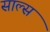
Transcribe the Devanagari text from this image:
साल्स